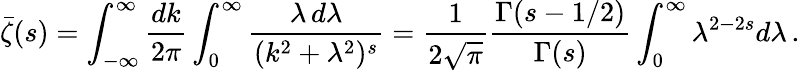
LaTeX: \bar{\zeta}(s)=\int_{-\infty}^{\infty}\frac{dk}{2\pi}\int_{0}^{\infty}\frac{\lambda\, d\lambda}{(k^{2}+\lambda^{2})^{s}}=\frac{1}{2\sqrt{\pi}}\frac{\Gamma(s-1/2)}{\Gamma(s)}\int_{0}^{\infty}\lambda^{2-2s}d\lambda\, {.}